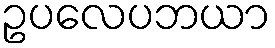
ဥပလေပဘယာ